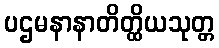
ပဌမနာနာတိတ္ထိယသုတ္တ